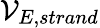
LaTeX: \mathcal{V}_{E,strand}